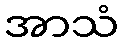
အာသံ